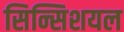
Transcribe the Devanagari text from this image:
सिन्सिशयल